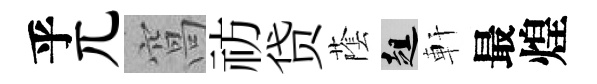
乎兀窩祊贷䕃趄軒最煌